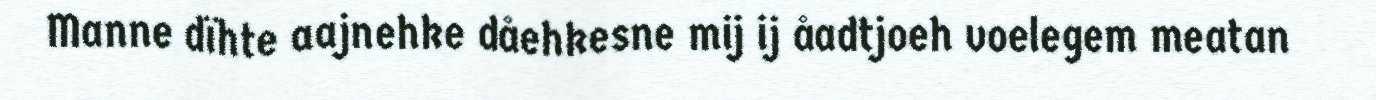
Manne dïhte aajnehke dåehkesne mij ij åadtjoeh voelegem meatan